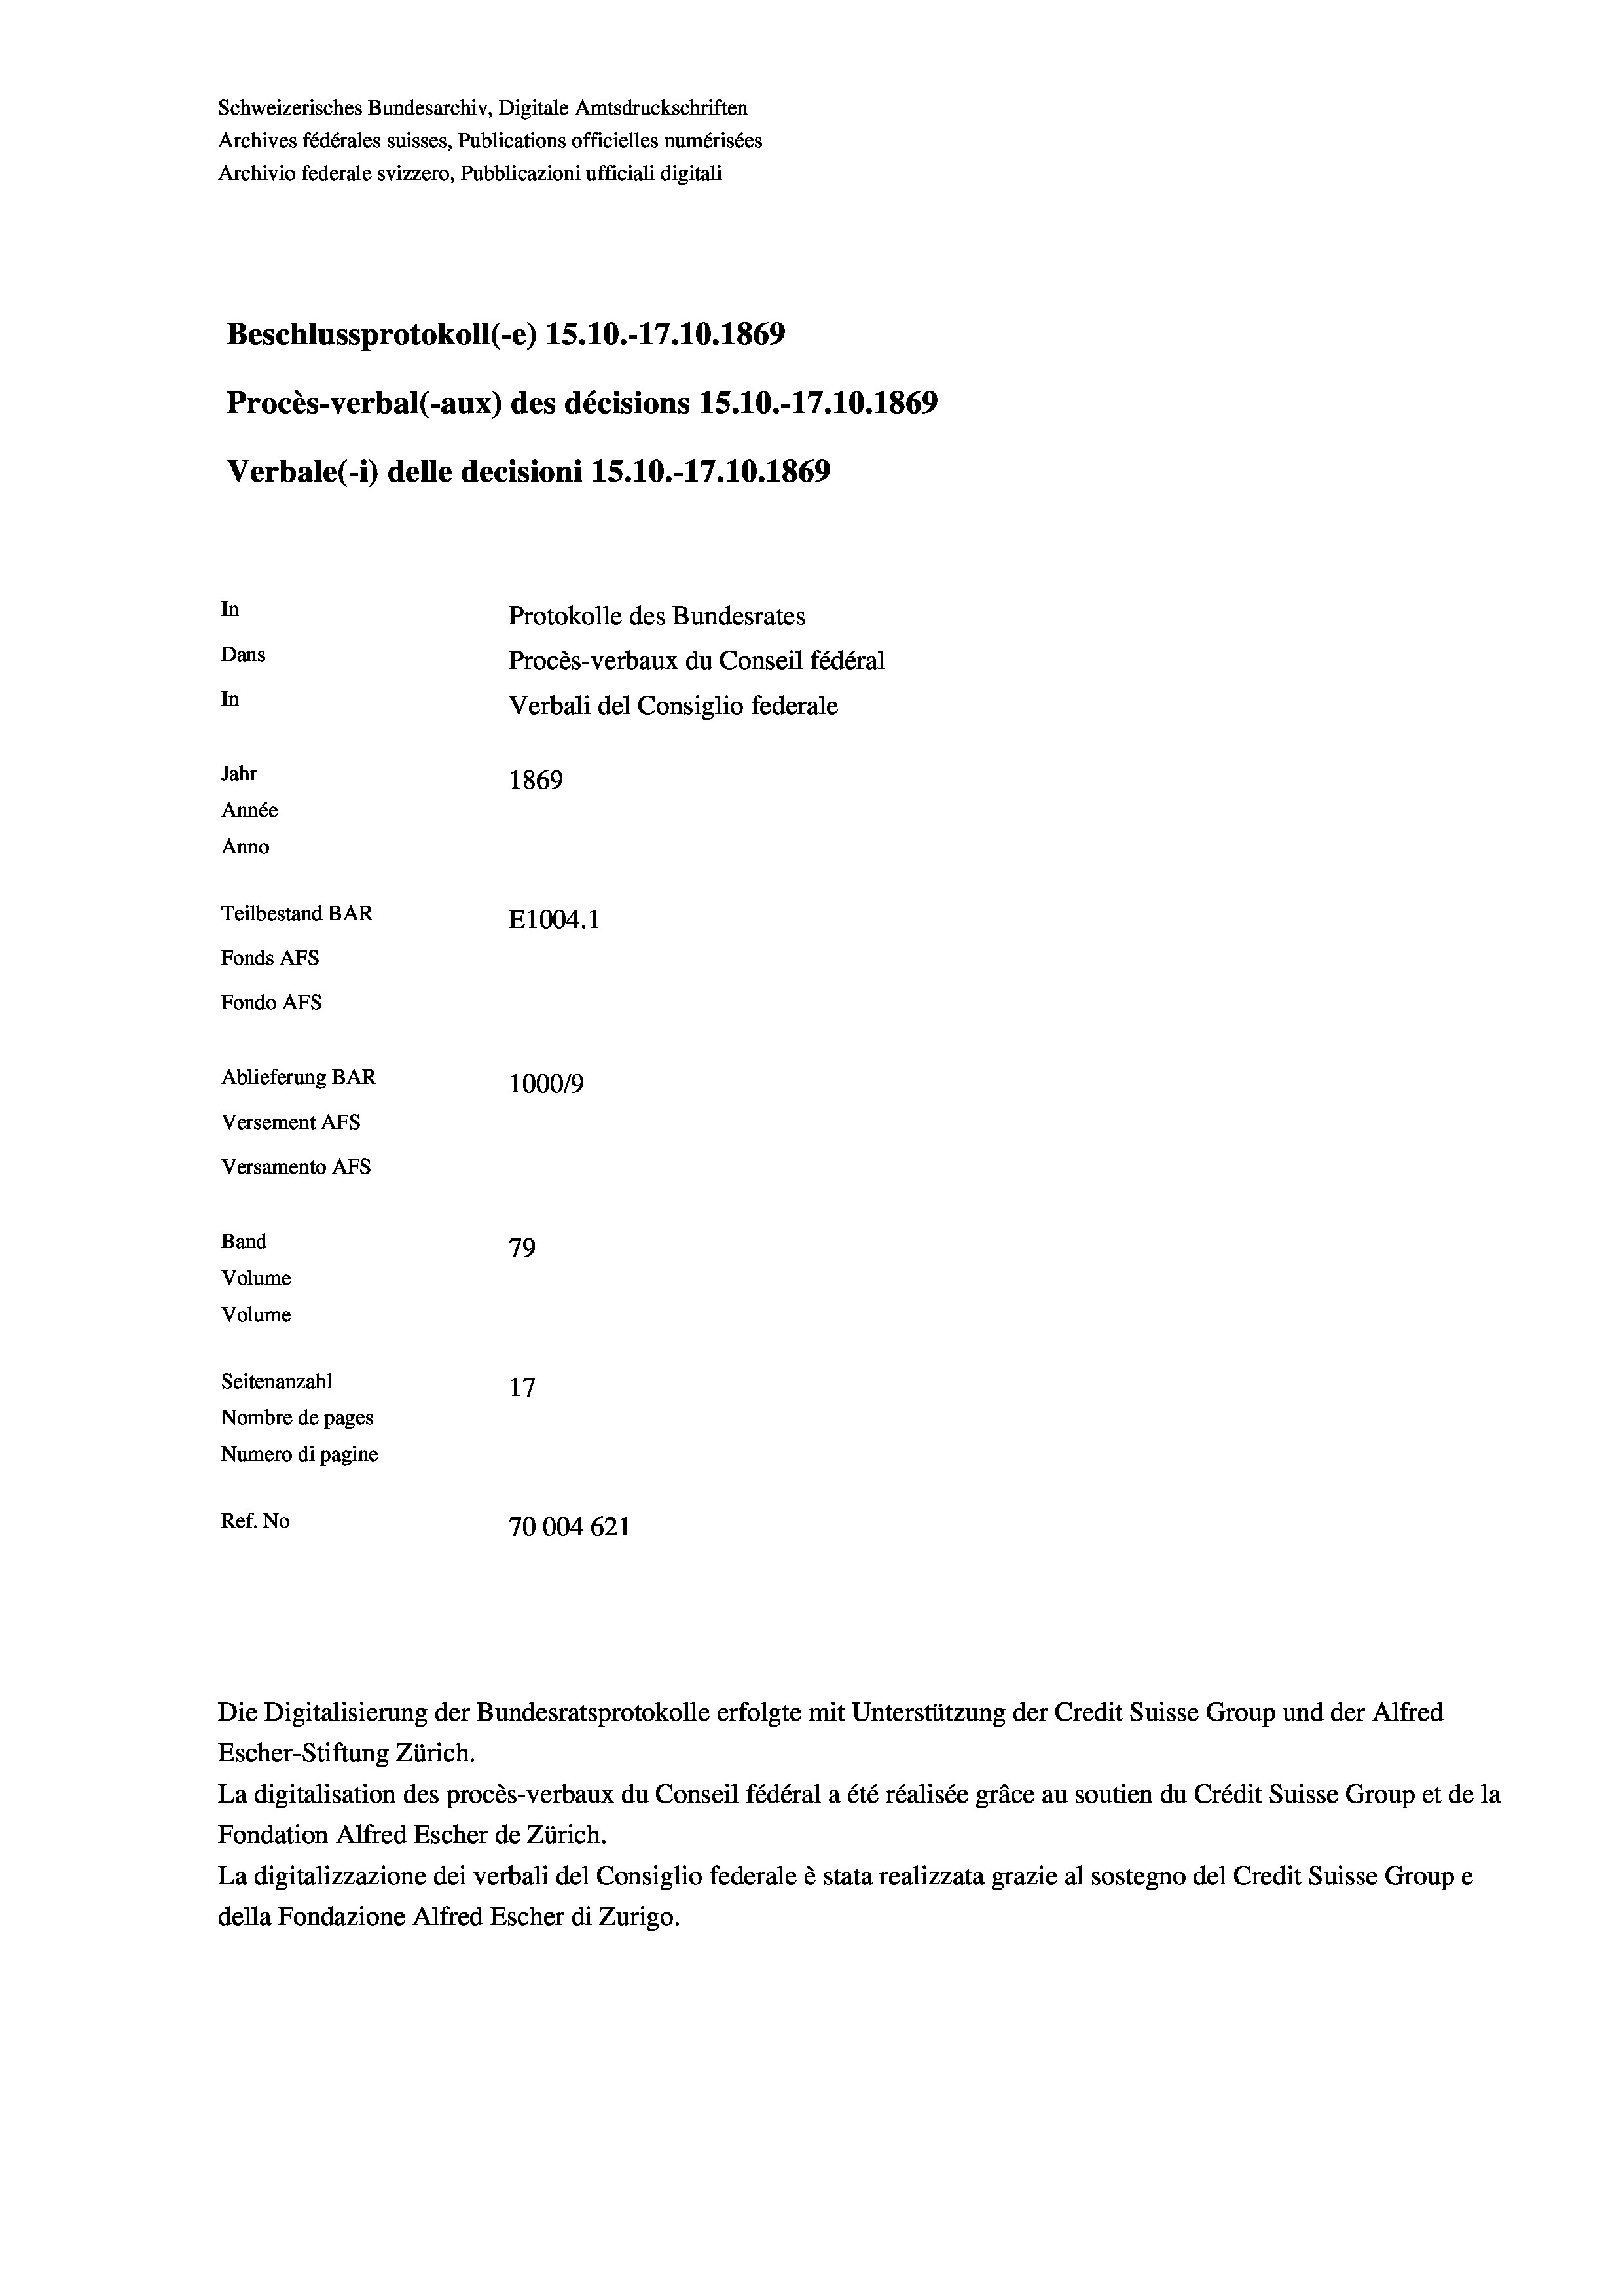
Schweizerisches Bundesarchiv, Digitale Amtsdruckschriften
Archives fédérales suisses, Publications officielles numérisées
Archivio federale svizzero, Pubblicazioni ufficiali digitali
Beschlussprotokoll (-e) 15.10.-17.10.1869
Procès-verbal (-aux) des décisions 15.10.-17.10.1869
Verbale (- 1) delle decisioni 15.10.-17.10. 1869
In
Protokolle des Bundesrates
Dans
Procès-verbaux du Conseil fédéral
In
Verbali del Consiglio federale
Jahr
1869
Année
Anno
Teilbestand BAR
E1004.1
Fonds AFs
Fondo AFs
Ablieferung BAR
100019
Versement As
Versamento AFs
Band
79
Volume
Volume
Seitenanzahl
17
Nombre de pages
Numero di pagine
Ref. No
70004621

Escher-Stiftung Zürich.
La digitalisation des procès-verbaux du Conseil fédéral a été réalisée gräce au soutien du Crédit Suisse Group et de la
Fondation Alfred Escher de Zürich.
La digitalizzazione dei verbali del Consiglio federale è stata realizzata grazie al sostegno del Credit Suisse Groupe
della Fondazione Alfred Escher di Zurigo.

Die Digitalisierung der Bundesratsprotokolle erfolgte mit Unterstützung der Credit Suisse Group und der Alfred